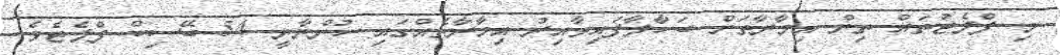
މި ފްލެޓުތައް ތިން އިމާރާތަށް ބަހާލާފައިވާއިރު އިމާރާތެއްގައި ހުންނާނީ 54 ބޭސިކް ފްލެޓެވެ.